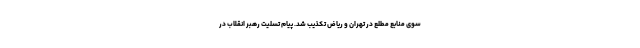
سوی منابع مطلع در تهران و ریاض تکذیب شد. پیام تسلیت رهبر انقلاب در